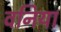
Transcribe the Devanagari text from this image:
वनिया